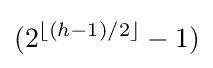
(2^{\lfloor (h-1)/2\rfloor }-1)